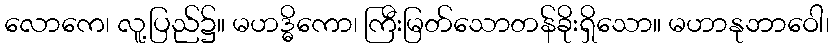
လောကေ၊ လူ့ပြည်၌။ မဟဒ္ဓိကော၊ ကြီးမြတ်သောတန်ခိုးရှိသော။ မဟာနုဘာဝေါ၊